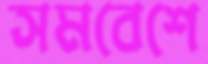
সমবেশে